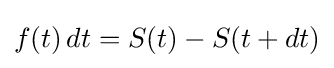
f(t)\,dt=S(t)-S(t+dt)